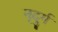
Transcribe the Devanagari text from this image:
नृदुर्ग